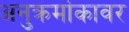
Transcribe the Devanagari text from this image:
अनुक्रमांकावर